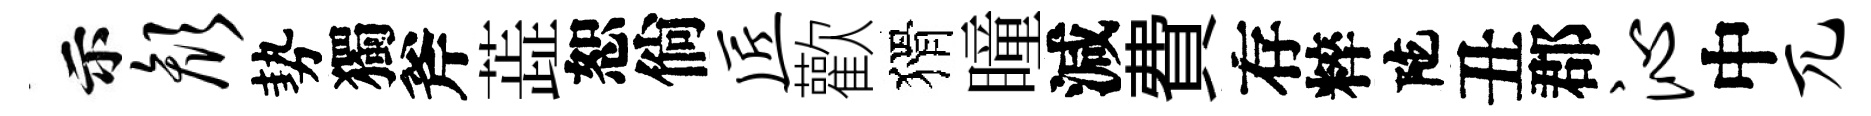
示颜勢獨斧蕋恕倘匠歡猾瞳減費存粹陀丑郡沁中兀